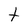
Character: t